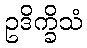
ဥဒိက္ခိသံ